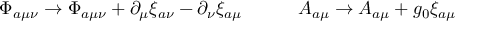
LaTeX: \Phi _ { a \mu \nu } \rightarrow \Phi _ { a \mu \nu } + \partial _ { \mu } \xi _ { a \nu } - \partial _ { \nu } \xi _ { a \mu } \quad \quad \quad A _ { a \mu } \rightarrow A _ { a \mu } + g _ { 0 } \xi _ { a \mu }